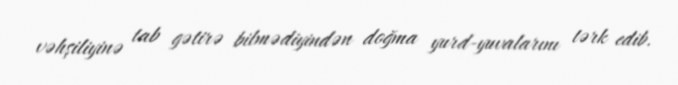
vəhşiliyinə tab gətirə bilmədiyindən doğma yurd-yuvalarını tərk edib.